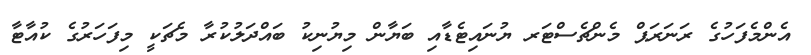
އެންމެފަހުގެ ރަނަރަޕް މެންޗެސްޓަރ ޔުނައިޓެޑާއި ބަޔާން މިޔުނިކު ބައްދަލުކުރާ މެޗަކީ މިފަހަރުގެ ކުއާޓާ